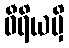
ဝီရိယမှိ